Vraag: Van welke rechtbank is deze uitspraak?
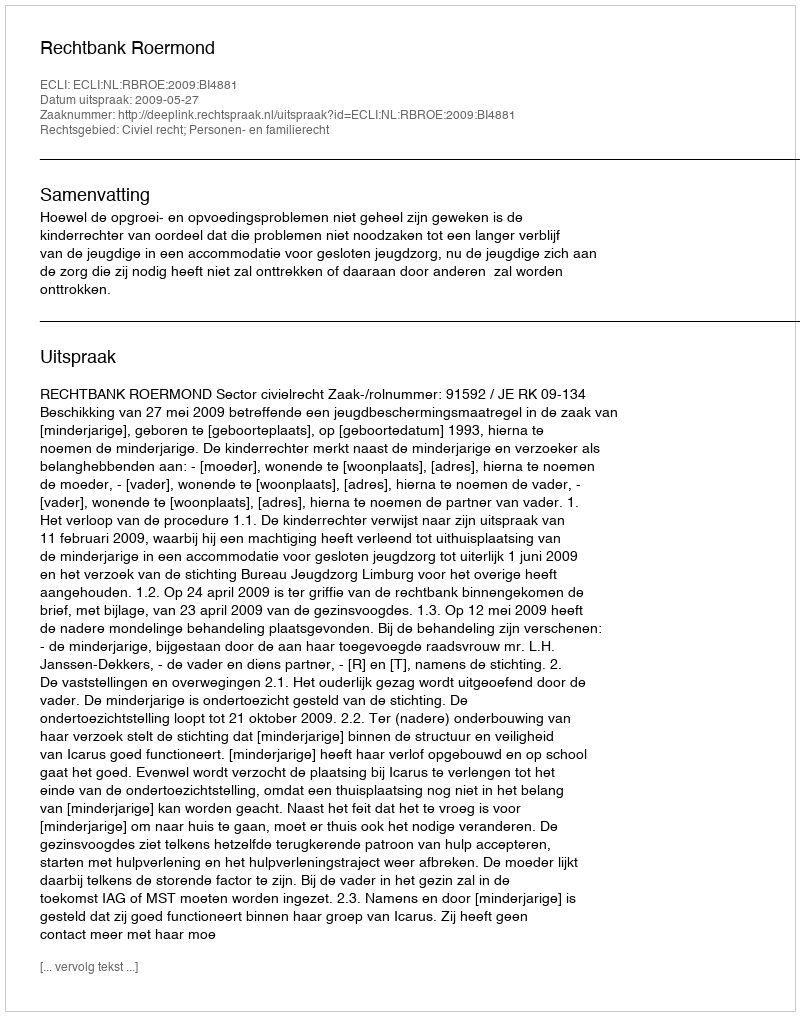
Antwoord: Rechtbank Roermond